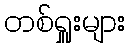
တစ်ရှူးများ